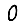
Digit: 0